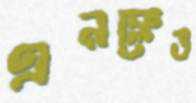
এনক্লেভ